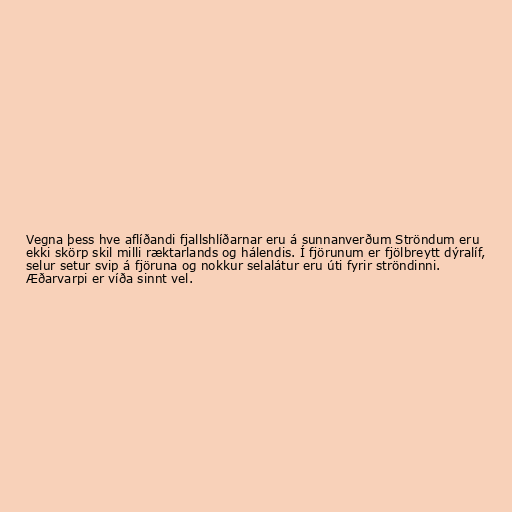
Vegna þess hve aflíðandi fjallshlíðarnar eru á sunnanverðum Ströndum eru
ekki skörp skil milli ræktarlands og hálendis. Í fjörunum er fjölbreytt dýralíf,
selur setur svip á fjöruna og nokkur selalátur eru úti fyrir ströndinni.
Æðarvarpi er víða sinnt vel.